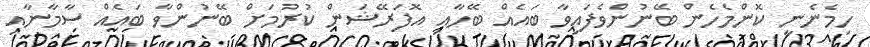
ހިމެނެނީ ކޮންމެހެން ބޭނުންވެފައިވާ ބައެއް ބޭހާއި އޮފަރޭޝަން ކުރުމަށް ބޭނުންވާ ބައެއް ސާމާނާއި